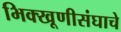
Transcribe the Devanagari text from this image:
भिक्खूणीसंघाचे